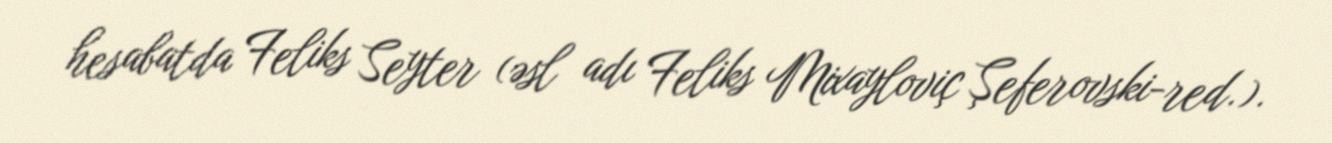
hesabatda Feliks Seyter (əsl adı Feliks Mixayloviç Şeferovski-red.).